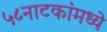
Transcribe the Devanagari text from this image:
५८नाटकांमध्ये